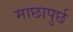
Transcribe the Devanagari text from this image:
माछापुर्छ